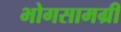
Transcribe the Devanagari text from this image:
भोगसामग्री